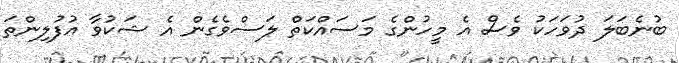
ބުނެބަލަ ދުވަހަކު ވެސް އެ މީހުންގެ މަސައްކަތް ލަސްވެގެން އެ ޝަކުވާ އުފުލިންތަ